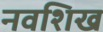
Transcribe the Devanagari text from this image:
नवशिख